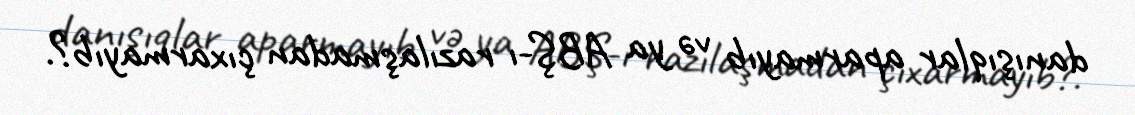
danışıqlar aparmayıb və ya ABŞ-ı razılaşmadan çıxarmayıb?.